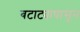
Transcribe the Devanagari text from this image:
बटाट्यापासून